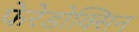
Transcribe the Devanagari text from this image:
फेरेडोक्सिन